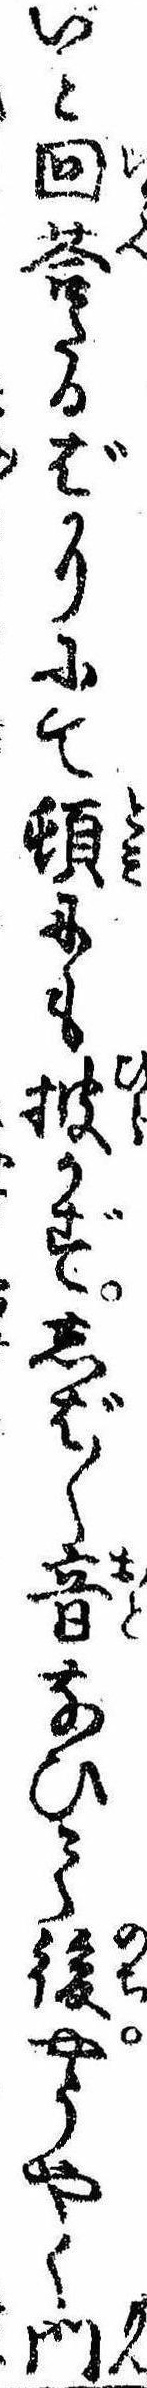
いと回答たるばかりにて頓にも披かずしば〲音なひて後やうやく門